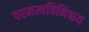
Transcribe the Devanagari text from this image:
परमत्थविनिश्चय